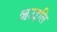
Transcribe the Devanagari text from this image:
ऋउइलि